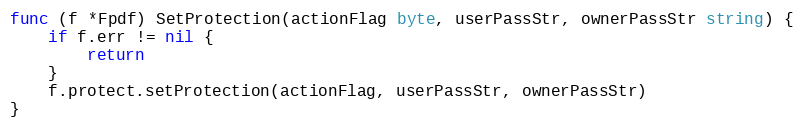
Language: Go
func (f *Fpdf) SetProtection(actionFlag byte, userPassStr, ownerPassStr string) {
	if f.err != nil {
		return
	}
	f.protect.setProtection(actionFlag, userPassStr, ownerPassStr)
}